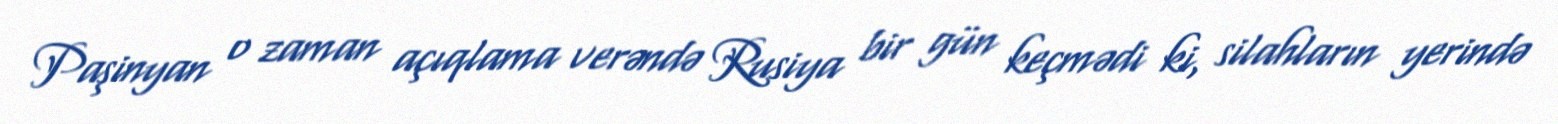
Paşinyan o zaman açıqlama verəndə Rusiya bir gün keçmədi ki, silahların yerində